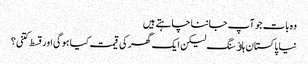
وہ بات جو آپ جاننا چاہتے ہیں
نیا پاکستان ہاﺅسنگ لیکن ایک گھر کی قیمت کیا ہوگی اور قسط کتنی؟